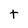
Character: t